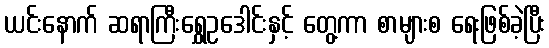
ယင်းနောက် ဆရာကြီးရွှေဥဒေါင်းနှင့် တွေ့ကာ စာများစ ရေးဖြစ်ခဲ့ပြီး